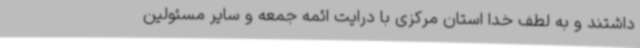
داشتند و به لطف خدا استان مرکزی با درایت ائمه جمعه و سایر مسئولین